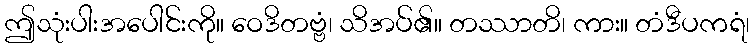
ဤသုံးပါးအပေါင်းကို။ ဝေဒိတဗ္ဗံ၊ သိအပ်၏။ တဿာတိ၊ ကား။ တံဒီပကရံ၊